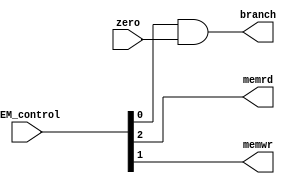
module MEM_STAGE
// we'll use memory located in the NPU. so, MEMstage is simplified.
(
    input   [2:0]   MEM_control         ,
    input           zero                ,

    output          branch              ,
    output          memrd               ,
    output          memwr               
);

    assign branch = MEM_control[0] & zero;
    assign memrd = MEM_control[2];
    assign memwr = MEM_control[1];

endmodule